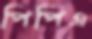
পিপিএ